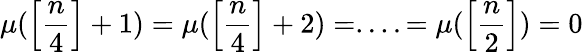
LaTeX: \mu(\left[\frac{n}{4}\right]+1)=\mu(\left[\frac{n}{4}\right]+2)=....=\mu(\left[\frac{n}{2}\right])=0